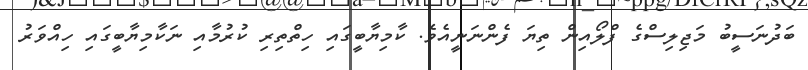
ބަދުނަސީބު މަޖިލިސްގެ ފްލޯއިން ތިޔަ ފެންނަނީއެވެ. ކާމިޔާބީގައި ހިތްތިރި ކުރުމާއި ނަކާމިޔާބީގައި ހިއްވަރު